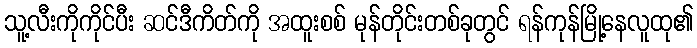
သူ့လီးကိုကိုင်ပီး ဆင်ဒီကိတ်ကို အထူးစစ် မုန်တိုင်းတစ်ခုတွင် ရန်ကုန်မြို့နေလူထု၏